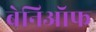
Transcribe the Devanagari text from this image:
बेनिऑफ